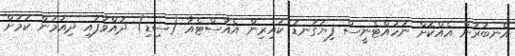
އެނބުރުން އެއްކޮށް ނުހުއްޓެނީސް ފިޔަގަނޑު ކައިރިން އެއާސްޓެއާ (ސިޑި) ދުއްވާފައި ދިއުމުން ކަމަށް